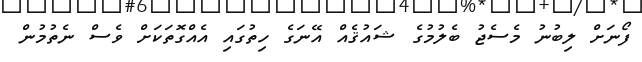
ފޯނަށް ލިބުނު މެސެޖު ބެލުމުގެ ޝައުޤެއް އޭނަގެ ހިތުގައި އެއްގޮތަކަށް ވެސް ނެތުމުން